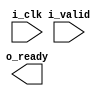
module slave (
    input             i_clk,
    input             i_valid,
    output            o_ready

);

endmodule